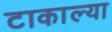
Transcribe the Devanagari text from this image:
टाकाल्या